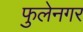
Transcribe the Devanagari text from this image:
फुलेनगर